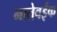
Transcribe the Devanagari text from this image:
नातेवईक